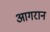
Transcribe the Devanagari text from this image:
आगरान